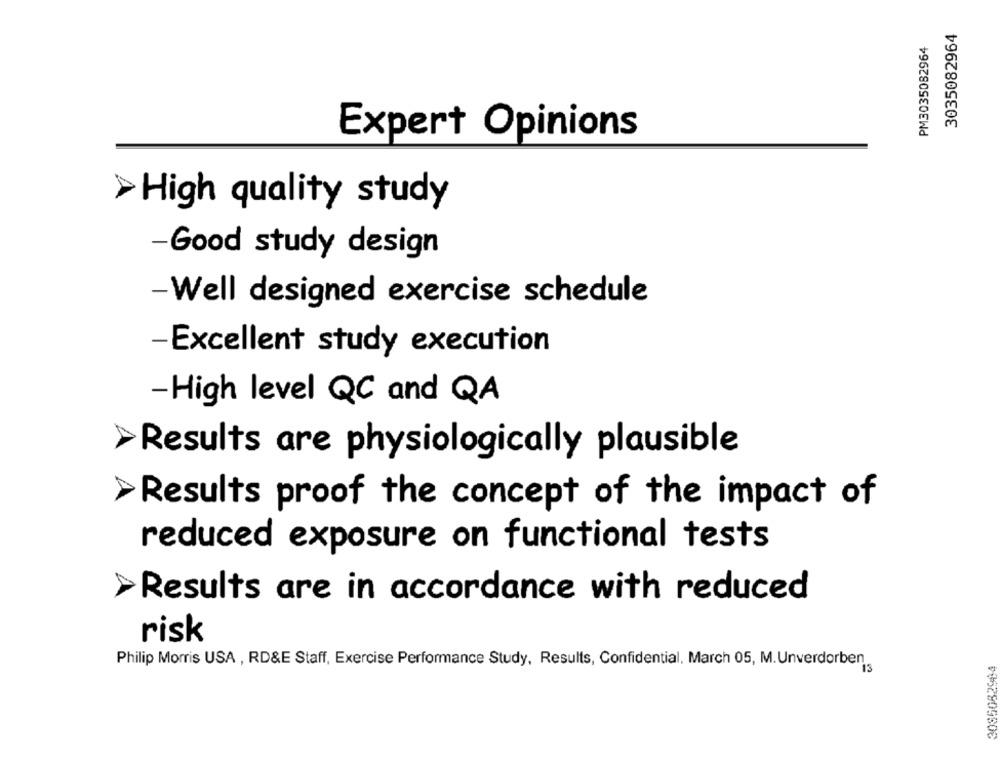
3035082964
PM3035082964
Expert Opinions
>High quality study
-Good study design
-Well designed exercise schedule
-Excellent study execution
-High level QC and QA
Results are physiologically plausible
Results proof the concept of the impact of
reduced exposure on functional tests
>Results are in accordance with reduced
risk
Philip Morris USA , RD&E Staff, Exercise Performance Study, Results, Confidential, March 05, M. Unverdorben
'is
30850829